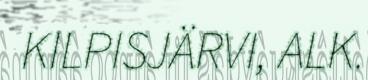
KILPISJÄRVI, ALK.